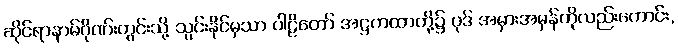
ဆိုင်ရာနာမ်ဂိုဏ်းတွင်းသို့ သွင်းနိုင်မှသာ ပါဠိတော် အဋ္ဌကထာတို့၌ ပုဒ် အမှားအမှန်ကိုလည်းကောင်း,